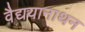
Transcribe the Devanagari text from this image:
वैद्ययानाथन